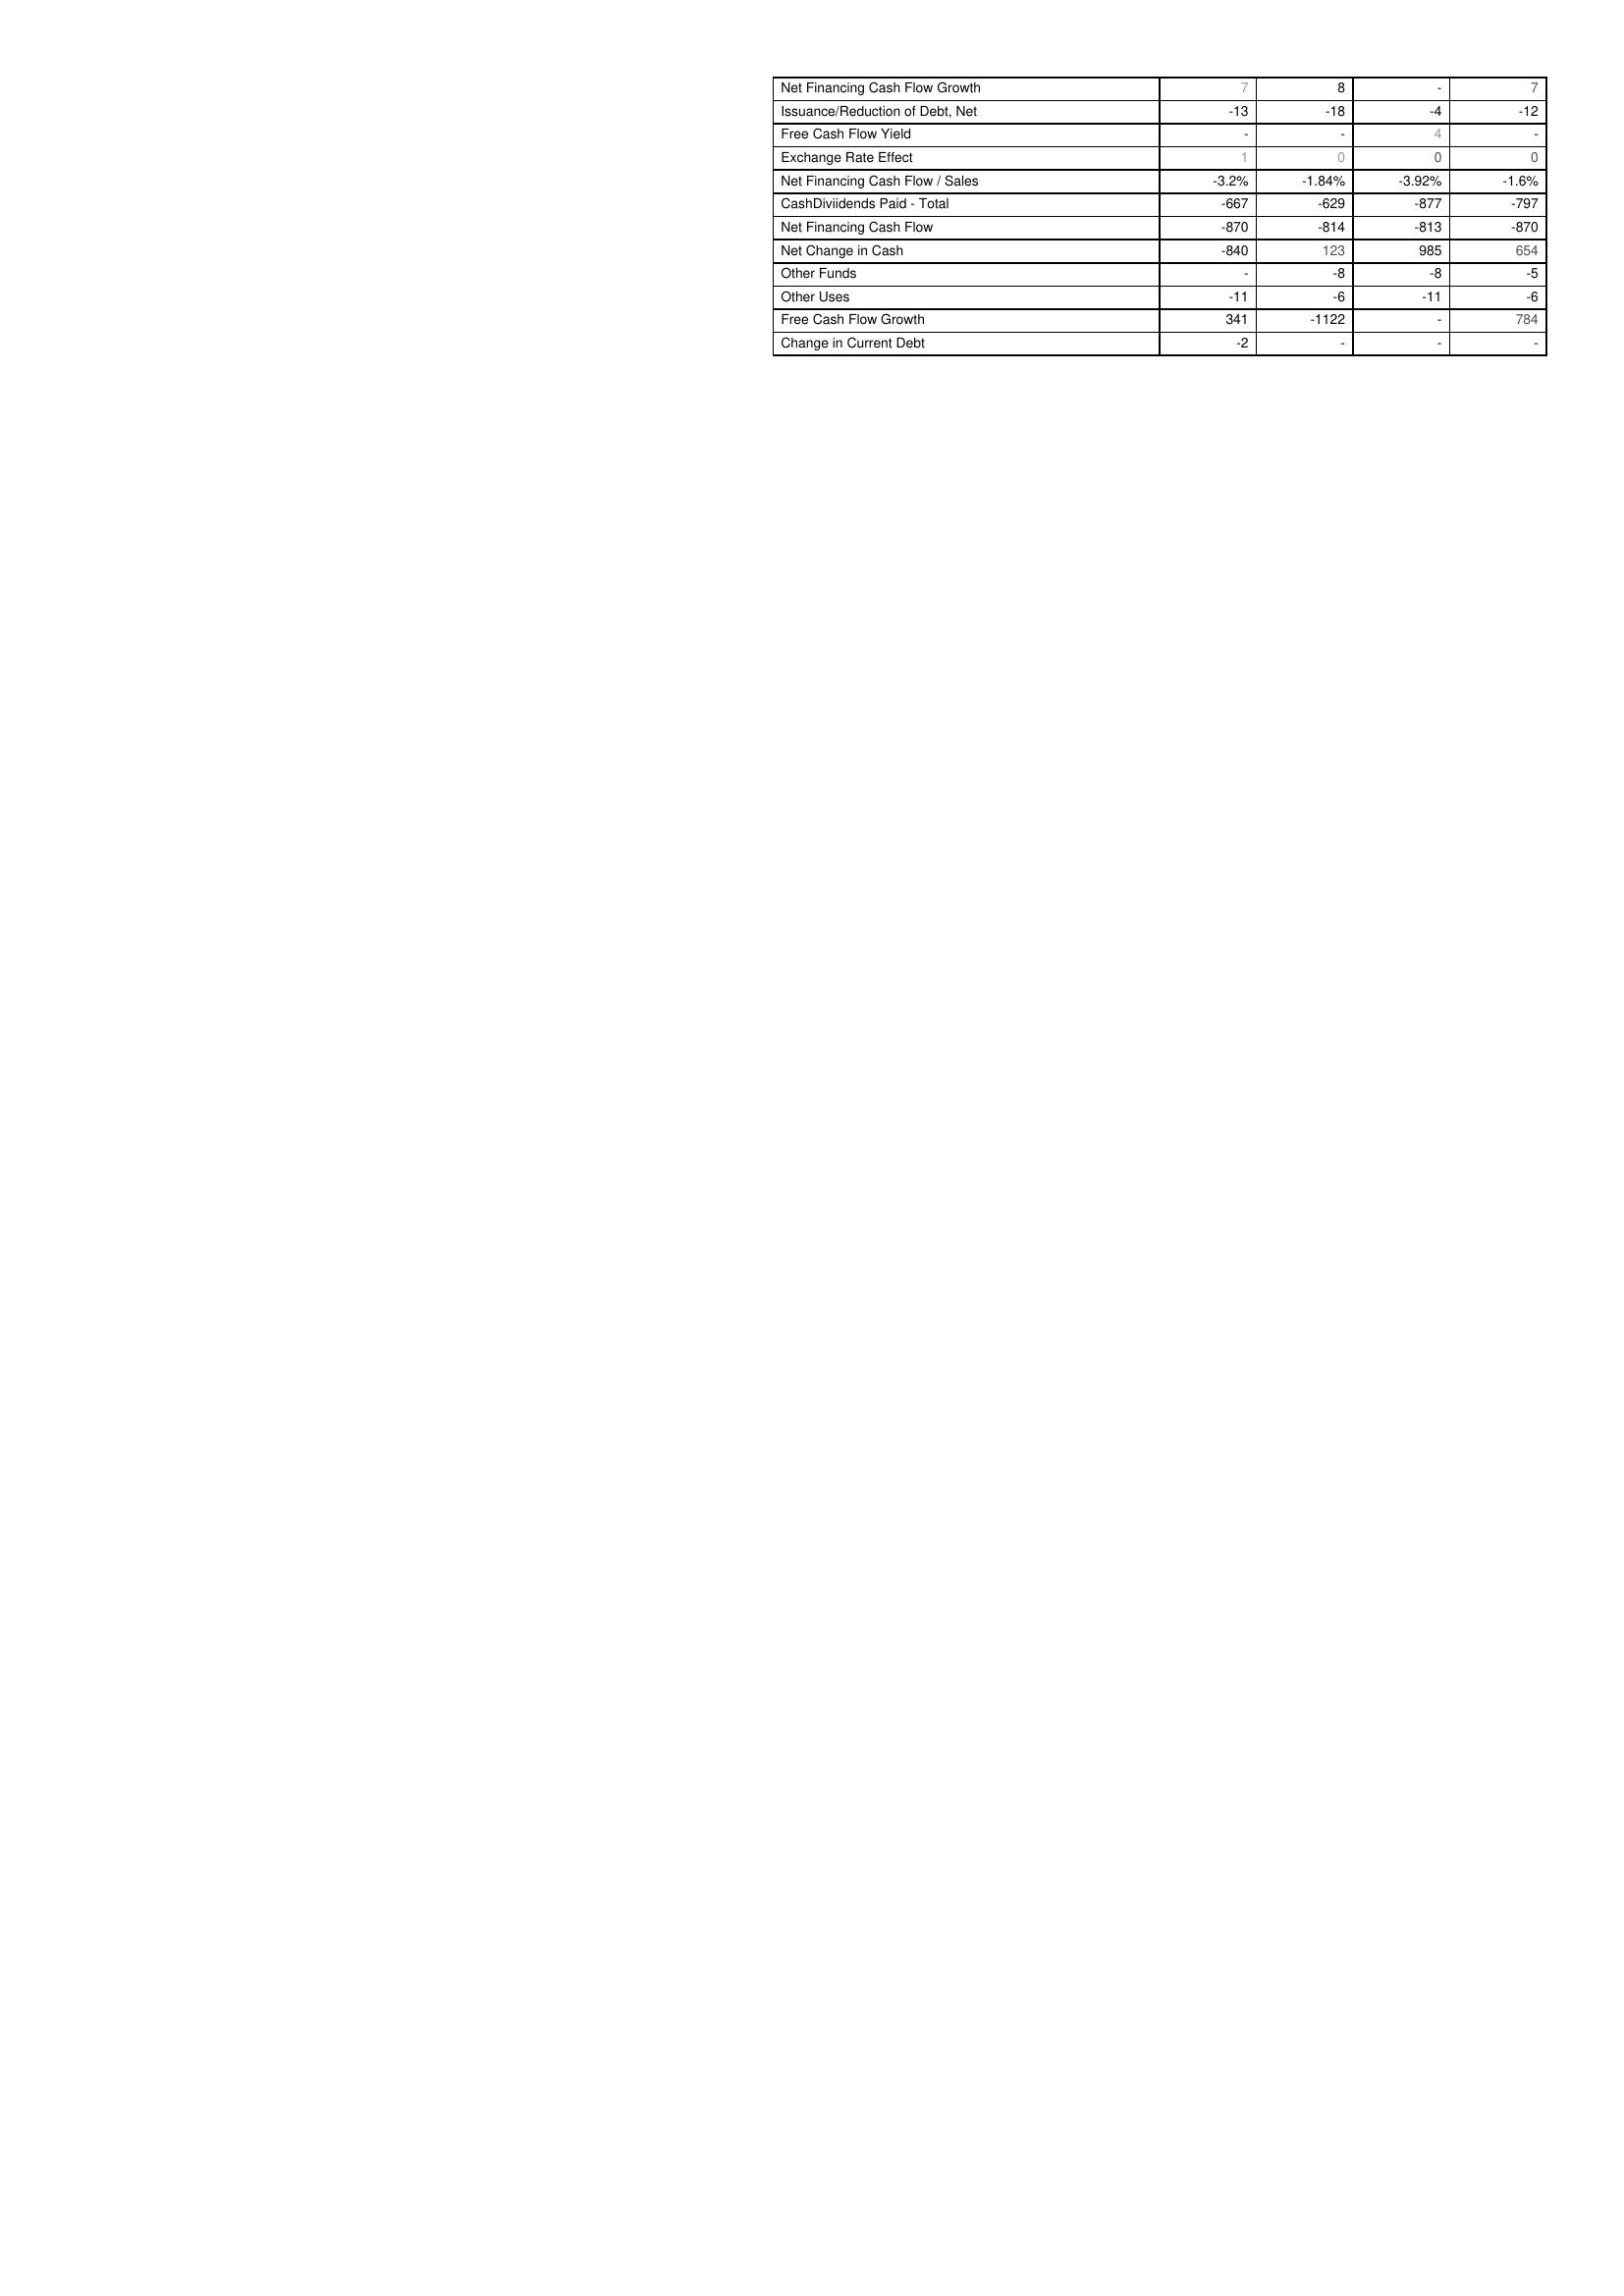
2021: Financing Activities: Net Financing Cash Flow Growth: 7
Issuance/Reduction of Debt, Net: -13
Free Cash Flow Yield: -
Exchange Rate Effect: 1
Net Financing Cash Flow / Sales: -3.2%
CashDiviidends Paid - Total: -667
Net Financing Cash Flow: -870
Net Change in Cash: -840
Other Funds: -
Other Uses: -11
Free Cash Flow Growth: 341
Change in Current Debt: -2
2022: Financing Activities: Net Financing Cash Flow Growth: 8
Issuance/Reduction of Debt, Net: -18
Free Cash Flow Yield: -
Exchange Rate Effect: 0
Net Financing Cash Flow / Sales: -1.84%
CashDiviidends Paid - Total: -629
Net Financing Cash Flow: -814
Net Change in Cash: 123
Other Funds: -8
Other Uses: -6
Free Cash Flow Growth: -1122
Change in Current Debt: -
2023: Financing Activities: Net Financing Cash Flow Growth: -
Issuance/Reduction of Debt, Net: -4
Free Cash Flow Yield: 4
Exchange Rate Effect: 0
Net Financing Cash Flow / Sales: -3.92%
CashDiviidends Paid - Total: -877
Net Financing Cash Flow: -813
Net Change in Cash: 985
Other Funds: -8
Other Uses: -11
Free Cash Flow Growth: -
Change in Current Debt: -
2024: Financing Activities: Net Financing Cash Flow Growth: 7
Issuance/Reduction of Debt, Net: -12
Free Cash Flow Yield: -
Exchange Rate Effect: 0
Net Financing Cash Flow / Sales: -1.6%
CashDiviidends Paid - Total: -797
Net Financing Cash Flow: -870
Net Change in Cash: 654
Other Funds: -5
Other Uses: -6
Free Cash Flow Growth: 784
Change in Current Debt: -